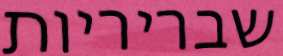
שבריריות